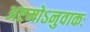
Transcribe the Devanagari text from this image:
अष्टमोऽनुवाकः